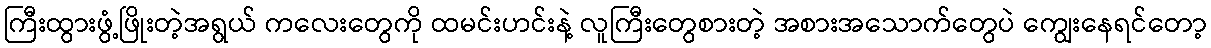
ကြီးထွားဖွံ့ဖြိုးတဲ့အရွယ် ကလေးတွေကို ထမင်းဟင်းနဲ့ လူကြီးတွေစားတဲ့ အစားအသောက်တွေပဲ ကျွေးနေရင်တော့